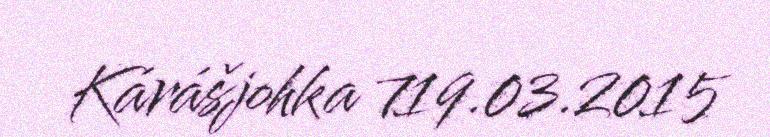
Kárášjohka 719.03.2015